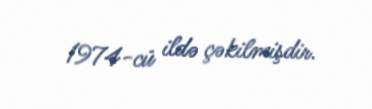
1974-cü ildə çəkilmişdir.